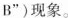
或B”)现象。